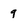
Character: 9